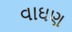
વાઘણ